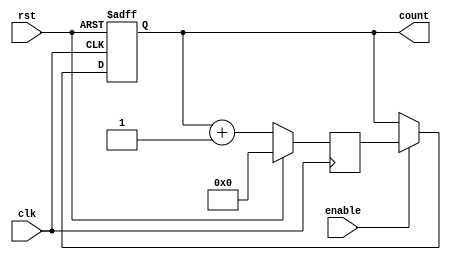
module ring_counter_enable (
    input wire clk,
    input wire rst,
    input wire enable,
    output reg [N-1:0] count
);

parameter N = 4; // Change N value as per ring counter size
reg [N-1:0] next_count;

always @ (posedge clk or posedge rst) begin
    if (rst) begin
        count <= 0;
    end else begin
        if (enable) begin
            count <= next_count;
        end
    end
end

always @ (posedge clk) begin
    if (rst) begin
        next_count <= 0;
    end else begin
        next_count <= count + 1;
    end
end

endmodule